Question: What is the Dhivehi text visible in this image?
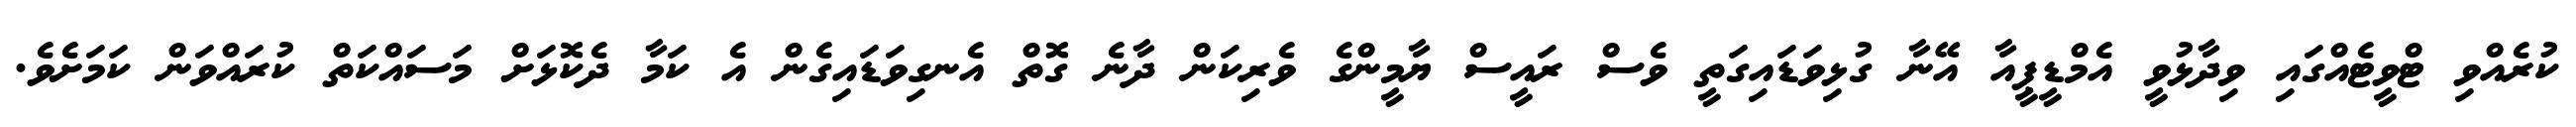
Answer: ކުރެއްވި ޓްވީޓެއްގައި ވިދާޅުވީ އެމްޑީޕީއާ އޭނާ ގުޅިވަޑައިގަތީ ވެސް ރައީސް ޔާމީންގެ ވެރިކަން ދާނެ ގޮތް އެނގިވަޑައިގެން އެ ކަމާ ދެކޮޅަށް މަސައްކަތް ކުރައްވަން ކަމަށެވެ.